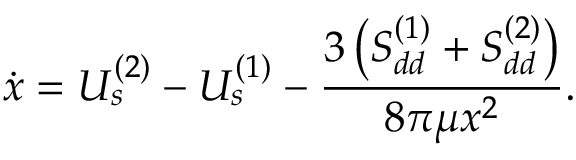
\dot { x } = U _ { s } ^ { ( 2 ) } - U _ { s } ^ { ( 1 ) } - \frac { 3 \left( S _ { d d } ^ { ( 1 ) } + S _ { d d } ^ { ( 2 ) } \right) } { 8 \pi \mu x ^ { 2 } } .